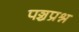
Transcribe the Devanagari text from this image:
पञ्चप्रश्न